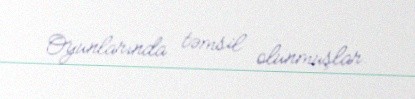
Oyunlarında təmsil olunmuşlar.